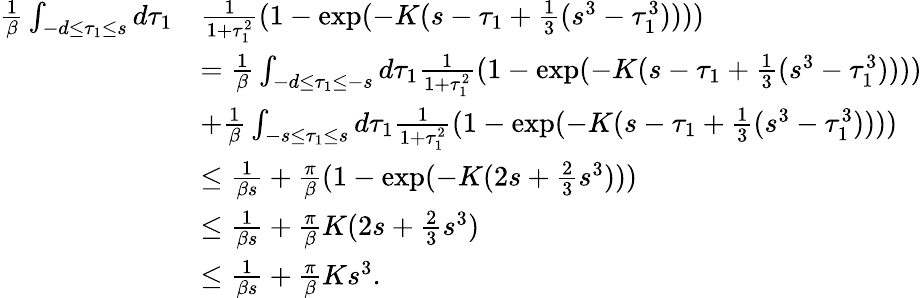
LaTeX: \begin{array}{rl}{\frac 1\beta\int_{-d\le\tau_{1}\le s}d\tau_{1}}&{\frac{1}{1+\tau_{1}^{2}}(1-\exp(-K(s-\tau_{1}+\frac 13(s^{3}-\tau_{1}^{3}))))}\\ &{=\frac 1\beta\int_{-d\le\tau_{1}\le-s}d\tau_{1}\frac{1}{1+\tau_{1}^{2}}(1-\exp(-K(s-\tau_{1}+\frac 13(s^{3}-\tau_{1}^{3}))))}\\ &{+\frac 1\beta\int_{-s\le\tau_{1}\le s}d\tau_{1}\frac{1}{1+\tau_{1}^{2}}(1-\exp(-K(s-\tau_{1}+\frac 13(s^{3}-\tau_{1}^{3}))))}\\ &{\le\frac 1{\beta s}+\frac\pi\beta(1-\exp(-K(2s+\frac 23s^{3})))}\\ &{\le\frac 1{\beta s}+\frac\pi\beta K(2s+\frac 23s^{3})}\\ &{\le\frac 1{\beta s}+\frac\pi\beta Ks^{3}.}\end{array}